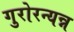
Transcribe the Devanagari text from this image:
गुरोरन्यन्न